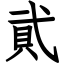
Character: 貮